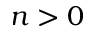
n > 0